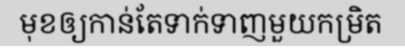
មុខឲ្យកាន់តែទាក់ទាញមួយកម្រិត